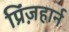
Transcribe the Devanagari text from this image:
प्रिंज़हार्न